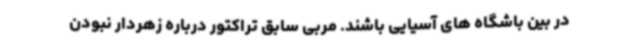
در بین باشگاه های آسیایی باشند. مربی سابق تراکتور درباره زهردار نبودن